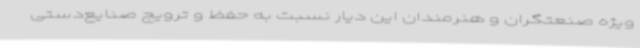
ویژه صنعتگران و هنرمندان این دیار نسبت به حفظ و ترویج صنایع‌دستی